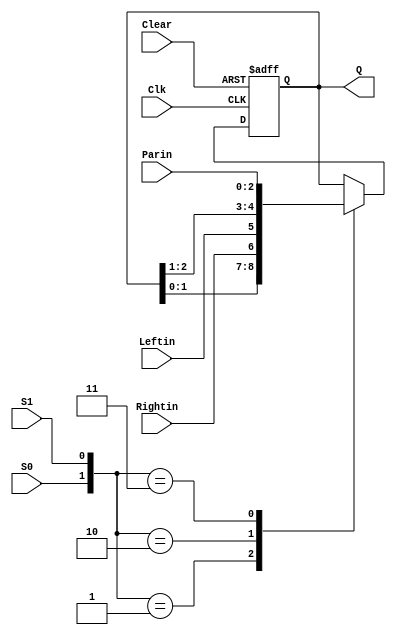
`timescale 1ns / 1ps
//////////////////////////////////////////////////////////////////////////////////
// Company: 
// Engineer: 
// 
// Design Name: 
// Module Name:    measlyfsm 
// Project Name: 
// Target Devices: 
// Tool versions: 
// Description: 
//
// Dependencies: 
//
// Revision: 
// Revision 0.01 - File Created
// Additional Comments: 
//
//////////////////////////////////////////////////////////////////////////////////
module shiftregister(
    input Clk,
    input Clear,
    input Leftin,
    input Rightin,
    input S0,
    input S1,
    input [2:0] Parin,
    output reg [2:0] Q
    );
	 always@(negedge Clear or posedge Clk)
		if(!Clear)
		  Q <= 3'b000; // Clear the value and set 
		else 
		  case({S0,S1})
		  2'b00: ; // Nothing has changed 
		  2'b01: 
				Q <= {Q[1:0],Rightin};  // shift left 
		  2'b10: 
		      Q <= {Leftin,Q[2:1]}; // Shift right
		   2'b11 :
			    Q <= Parin; // Load the bits 
			endcase
endmodule